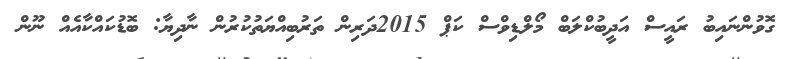
ގޮވުންނައިބު ރައީސް އަދީބުކްލަބް މޯލްޑިވްސް ކަޕް 2015ދަރިން ތަރުބިއްޔަތުކުރުން ނާދިޔާ: ބޮޑުކައްކާއެއް ނޫން